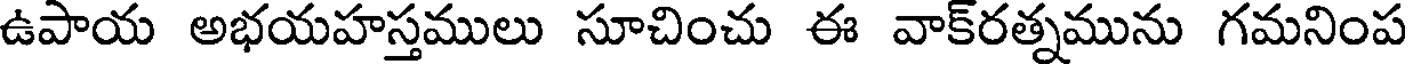
ఉపాయ అభయహస్తములు సూచించు ఈ వాక్రత్నమును గమనింప